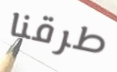
طرقنا